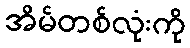
အိမ်တစ်လုံးကို